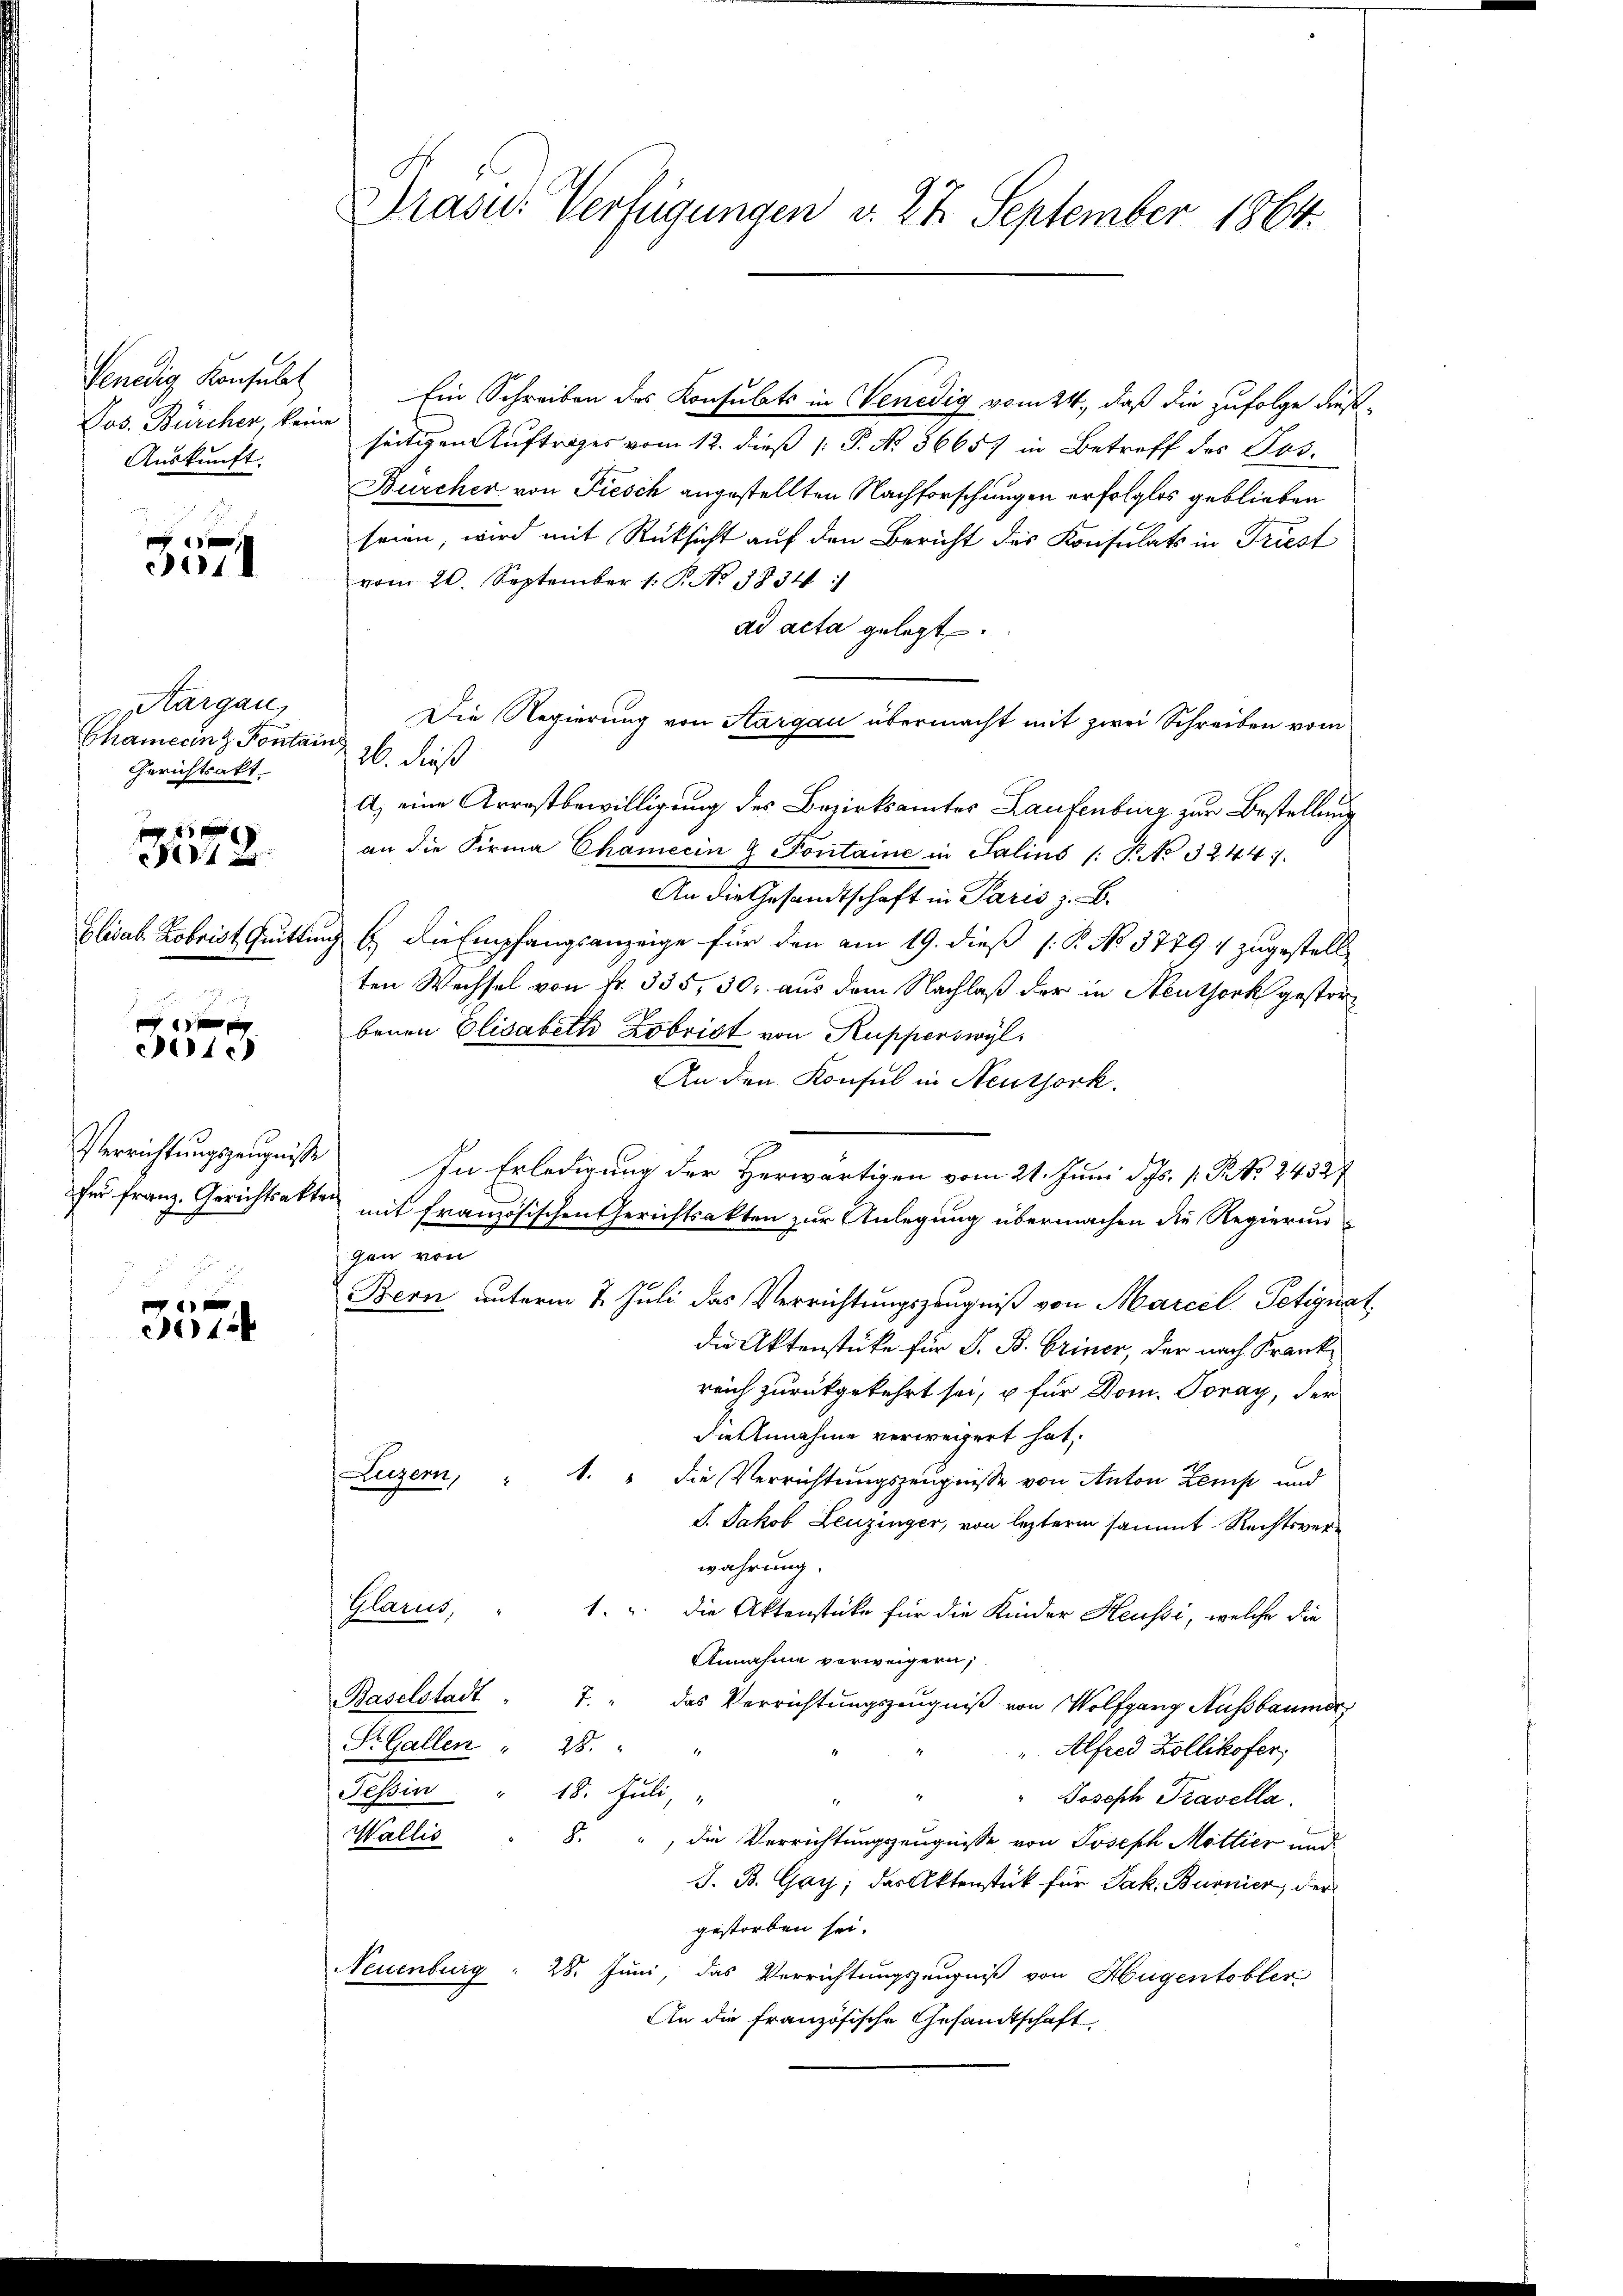
Venedig Konsulat
Auskunft.

14. d.

Aargau,
Chamerin z. Pontan
Gerichtsakt
n
1 f
f
Elisab. Robrist Quitti

f 0 x
cic)

Verrichtungszeugnisse
für Franz. Gerichtsakt

1

Drasu: Verfügungen v. 22 September 1864.

Ein Schreiben des Konsulats in Venedig vom 24., daß die zufolge diese¬
Jos. Bürcher, kein seitigen Auftrages vom 12. dieß 1 P. No. 56657 in Betreff des Jos.
Bürcher von Fiesch angestellten Nachforschungen erfolglos geblieben
seien, wird mit Rücksicht auf den Bericht des Konsulats in Triest
vom 20. September 1. P. No. 1834
ad acta gelegt.
Die Regierung von Aargau übermacht mit zwei Schreiben vom
t
26. dieß
A) eine Arrestbewilligung des Bezirksamtes Laufenburg zur Bestellung
an die Firma Chamecin & Pontaine in Salins (: P. No 32441.
An die Gesandtschaft in Paris z. B.
ach E. die Empfangsanzeige für den am 19. dieß (: P. No 3779 4 zugestell
ten Wechsel von Fr. 335, 30. aus dem Nachlaß der in Neuthork gestorbenen Elisabeth Lobrist von Kupperswyl
An den Konsul in Neuthork.
In Erledigung der Herwärtigen vom 21. Juni d. Js. v. R. No. 2452/
mit französischen Gerichtsakten zur Anlegung übermachen die Regierun
gen von
Bern unterm 7. Juli das Verrichtungszeugniß von Marcel Petignat
die Aktenstüke für S. B. Briner, der nach Krankreich zurückgekehrt sei, u für Dom. Tonay, der
die Annahme verweigert hat,
Luzern,
1. " die Verrichtungszeugnisse von Anton Zens und
J. Jakob Leuzinger, von lezterm sammt Rechtsverwahrung.
Bland,
1. u. die Aktenstüke für die Kinder Heussi, welche die
Annahme verweigern;
Baselstadt " 7. " das Verrichtungszeugniß von Wolfgang Aussbaumer,
S. Gallen " 28.
Alfred Zollikofer,
Tessin " 18. Juli, "
" Joseph Travella
Wallis
S
 die Verrichtungszeugnisse von Joseph Mittier und
J. B. Gay; das Aktenstück für Jak. Burnier, der
gestorben sei.
Neuenburg " 28. Juni, das Verrichtungszeugniß von Hugentobler
An die Französische Gesandtschaft